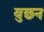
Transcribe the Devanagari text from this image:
वुछन